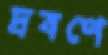
দ্রবণে